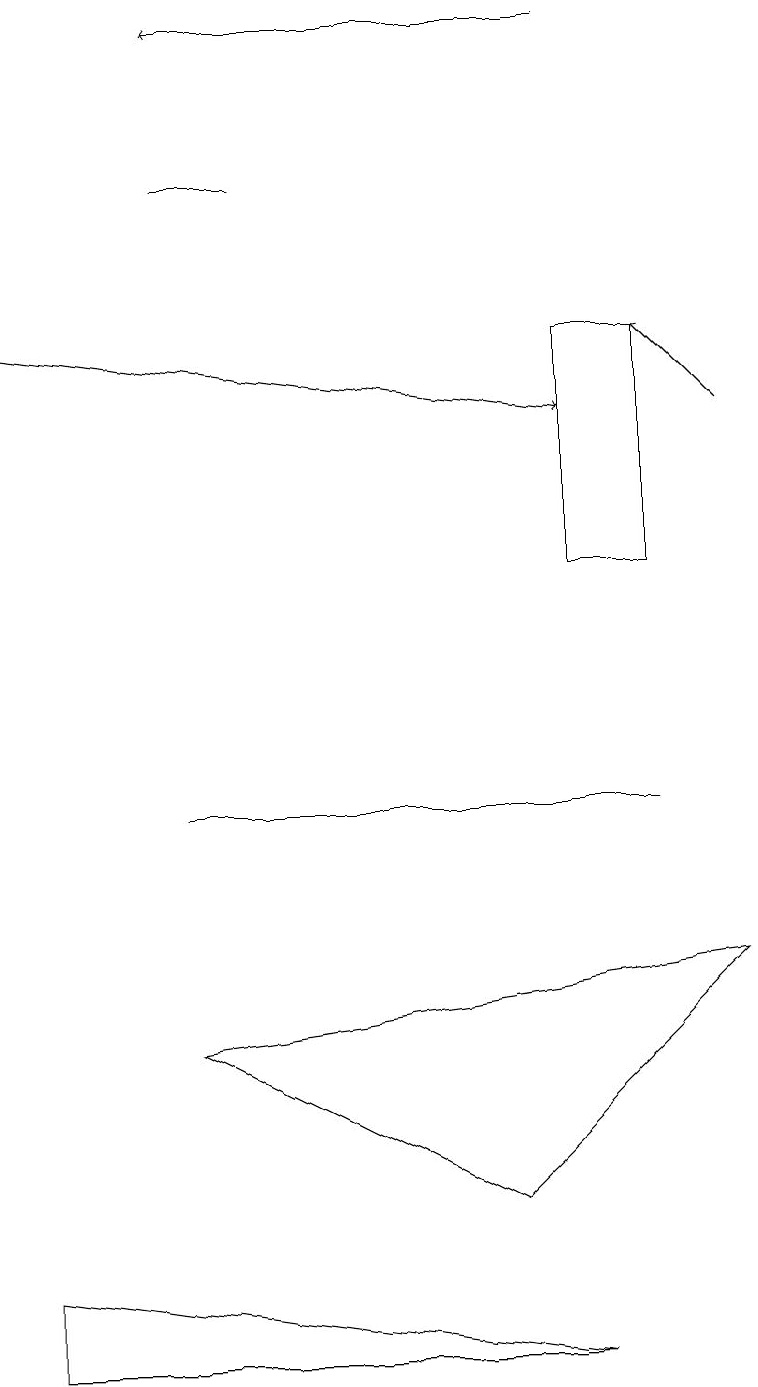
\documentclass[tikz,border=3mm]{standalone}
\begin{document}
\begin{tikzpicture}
\draw (8,7) -- (2,7) -- (7,7) -- cycle;
\draw (7,13) rectangle (8,10);
\draw (2,4) -- (6,2) -- (9,5) -- cycle;
\draw (7,0) -- (0,1) -- (0,0) -- cycle;
\draw (2,15) rectangle (3,15);
\draw[->] (9,12) -- (8,13);
\draw[->] (7,17) -- (2,17);
\draw[->] (0,13) -- (7,12);
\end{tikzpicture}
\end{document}